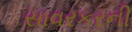
સાવરકરની